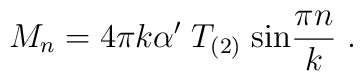
M_n = 4\pi k\alpha^\prime \; T_{(2)} \; {\rm sin}{\pi n\over k}\ .